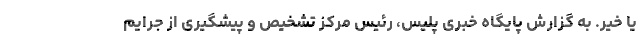
یا خیر. به گزارش پایگاه خبری پلیس، رئیس مرکز تشخیص و پیشگیری از جرایم